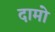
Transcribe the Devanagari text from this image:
दामो